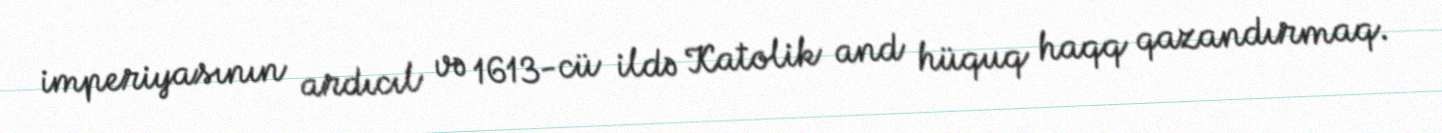
imperiyasının ardıcıl və 1613-cü ildə Katolik and hüquq haqq qazandırmaq.